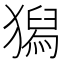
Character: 獡